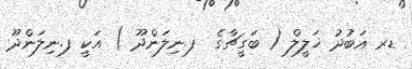
ޑރ ޢަބުދު ޚަލީލް ( ބަގީޗާގެ  ފ.ނިލަންދޫ ) އަކީ ފ.ނިލަންދޫ